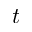
t